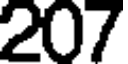
207